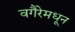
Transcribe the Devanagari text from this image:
वगैरेमधून